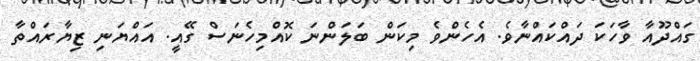
ގައްދޫއާ ވާހަކަ ދައްކައްނާވެ. އެހެންވެ މިކަން ބަލަންނަ ކޮއްމިހެނަސް ގޭއީ. އައްޔަނި ޒިޔާރައްތާ